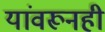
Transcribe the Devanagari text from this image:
यांवरूनही